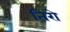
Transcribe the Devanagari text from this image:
तिरो